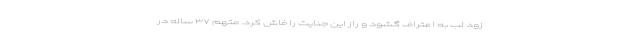
زود لب به اعتراف گشود و راز این جنایت را فاش کرد. متهم ۳۷ ساله در